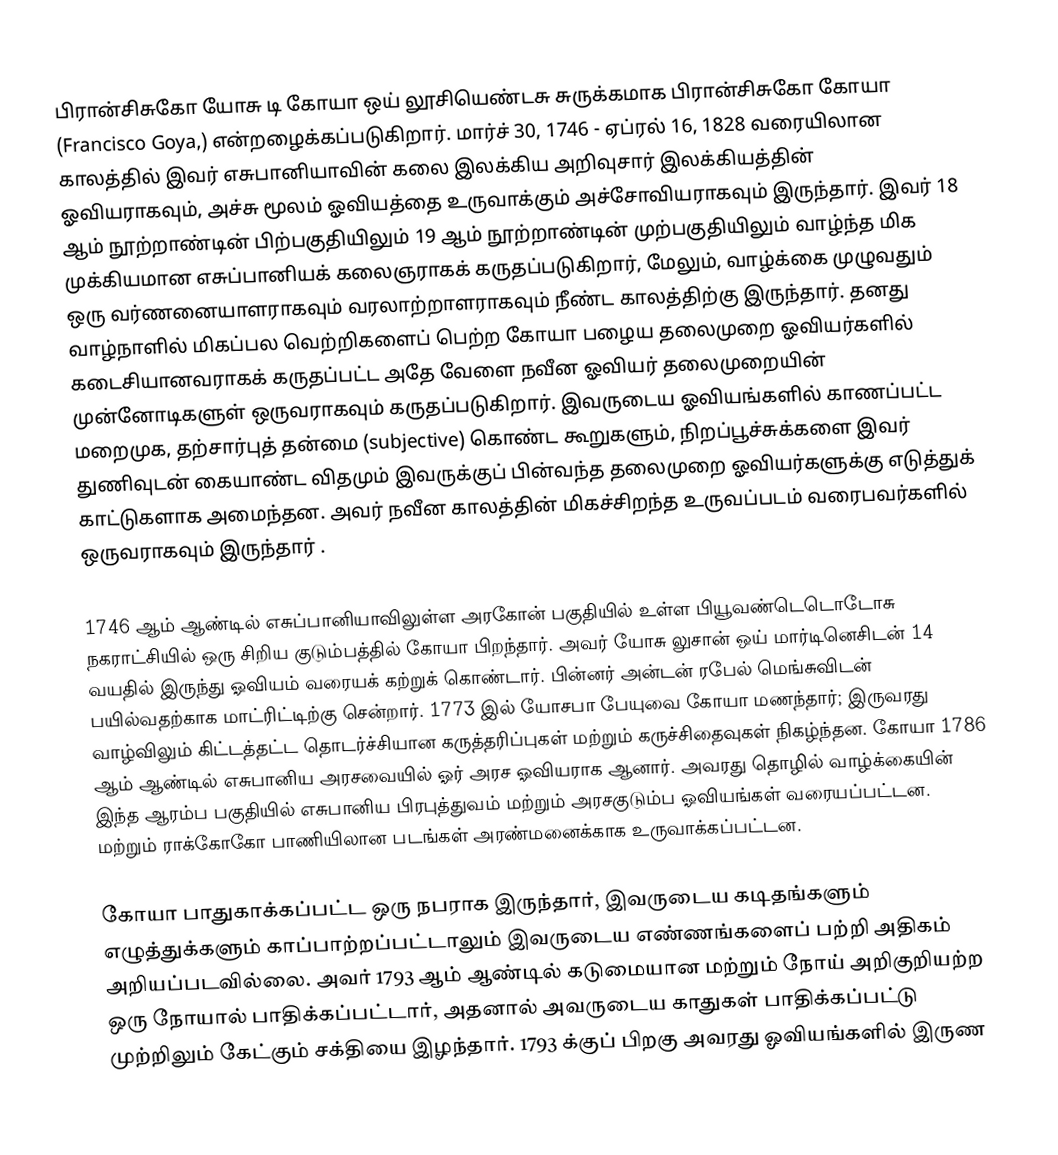
பிரான்சிசுகோ யோசு டி கோயா ஒய் லூசியெண்டசு சுருக்கமாக பிரான்சிசுகோ கோயா (Francisco Goya,) என்றழைக்கப்படுகிறார்.  மார்ச் 30, 1746 - ஏப்ரல் 16, 1828 வரையிலான காலத்தில் இவர் எசுபானியாவின் கலை இலக்கிய அறிவுசார் இலக்கியத்தின் ஓவியராகவும், அச்சு மூலம் ஓவியத்தை உருவாக்கும் அச்சோவியராகவும் இருந்தார். இவர் 18 ஆம் நூற்றாண்டின் பிற்பகுதியிலும் 19 ஆம் நூற்றாண்டின் முற்பகுதியிலும் வாழ்ந்த மிக முக்கியமான எசுப்பானியக் கலைஞராகக் கருதப்படுகிறார், மேலும், வாழ்க்கை முழுவதும்  ஒரு வர்ணனையாளராகவும் வரலாற்றாளராகவும் நீண்ட காலத்திற்கு இருந்தார். தனது வாழ்நாளில் மிகப்பல வெற்றிகளைப் பெற்ற கோயா பழைய தலைமுறை ஓவியர்களில் கடைசியானவராகக் கருதப்பட்ட அதே வேளை நவீன ஓவியர் தலைமுறையின் முன்னோடிகளுள் ஒருவராகவும் கருதப்படுகிறார். இவருடைய ஓவியங்களில் காணப்பட்ட மறைமுக, தற்சார்புத் தன்மை (subjective) கொண்ட கூறுகளும், நிறப்பூச்சுக்களை இவர் துணிவுடன் கையாண்ட விதமும் இவருக்குப் பின்வந்த தலைமுறை ஓவியர்களுக்கு எடுத்துக் காட்டுகளாக அமைந்தன. அவர் நவீன காலத்தின் மிகச்சிறந்த உருவப்படம் வரைபவர்களில் ஒருவராகவும் இருந்தார் .

1746 ஆம் ஆண்டில் எசுப்பானியாவிலுள்ள அரகோன் பகுதியில் உள்ள பியூவண்டெடொடோசு நகராட்சியில் ஒரு சிறிய குடும்பத்தில் கோயா பிறந்தார். அவர் யோசு லுசான் ஒய் மார்டினெசிடன் 14 வயதில் இருந்து ஓவியம் வரையக் கற்றுக் கொண்டார். பின்னர்  அன்டன் ரபேல் மெங்சுவிடன் பயில்வதற்காக   மாட்ரிட்டிற்கு சென்றார். 1773 இல் யோசபா பேயுவை கோயா மணந்தார்; இருவரது வாழ்விலும் கிட்டத்தட்ட தொடர்ச்சியான கருத்தரிப்புகள் மற்றும் கருச்சிதைவுகள் நிகழ்ந்தன. கோயா 1786 ஆம் ஆண்டில் எசுபானிய அரசவையில்  ஓர் அரச ஓவியராக ஆனார். அவரது தொழில் வாழ்க்கையின் இந்த ஆரம்ப பகுதியில் எசுபானிய பிரபுத்துவம் மற்றும் அரசகுடும்ப ஓவியங்கள் வரையப்பட்டன.  மற்றும் ராக்கோகோ பாணியிலான  படங்கள் அரண்மனைக்காக உருவாக்கப்பட்டன.

கோயா பாதுகாக்கப்பட்ட  ஒரு நபராக இருந்தார், இவருடைய கடிதங்களும் எழுத்துக்களும் காப்பாற்றப்பட்டாலும் இவருடைய எண்ணங்களைப் பற்றி அதிகம் அறியப்படவில்லை. அவர் 1793 ஆம் ஆண்டில் கடுமையான மற்றும் நோய் அறிகுறியற்ற ஒரு நோயால் பாதிக்கப்பட்டார், அதனால் அவருடைய காதுகள் பாதிக்கப்பட்டு முற்றிலும் கேட்கும் சக்தியை இழந்தார். 1793 க்குப் பிறகு அவரது ஓவியங்களில் இருண